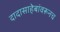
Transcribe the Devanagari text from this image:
दादासाहेबांवरूनच